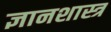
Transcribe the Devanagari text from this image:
ज्ञानशास्त्र